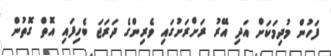
ފަހުން މުދިމަކަށް އަދި އޭރު ރަށްރަށުގައި ވެރިންގެ ދަރަޖަ ބެހިފައި އޮތް ގޮތުން